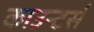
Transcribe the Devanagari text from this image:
काउन्टर्स